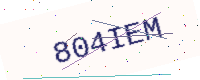
Text: 804IEM